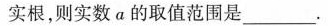
实根，则实数α的取值范围是___。